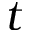
t